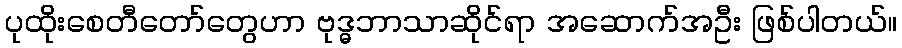
ပုထိုးစေတီတော်တွေဟာ ဗုဒ္ဓဘာသာဆိုင်ရာ အဆောက်အဦး ဖြစ်ပါတယ်။